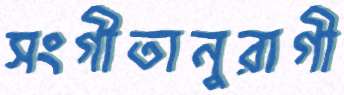
সংগীতানুরাগী